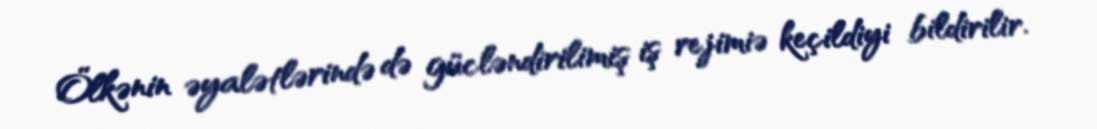
Ölkənin əyalətlərində də gücləndirilimiş iş rejimiə keçildiyi bildirilir.